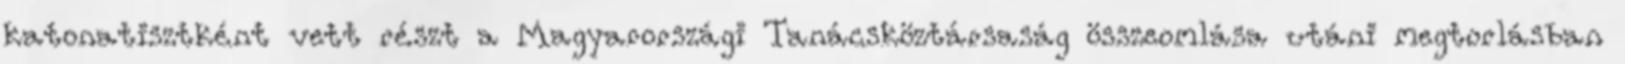
katonatisztként vett részt a Magyarországi Tanácsköztársaság összeomlása utáni megtorlásban